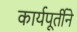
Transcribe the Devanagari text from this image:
कार्यपूर्तीने